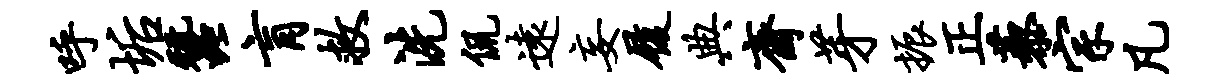
呼垢蚕肓救洗侃远妄履典斋芽振正藜宗凡